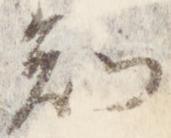
知